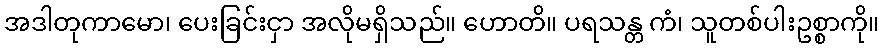
အဒါတုကာမော၊ ပေးခြင်းငှာ အလိုမရှိသည်။ ဟောတိ။ ပရသန္တ ကံ၊ သူတစ်ပါးဥစ္စာကို။